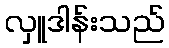
လှူဒါန်းသည်